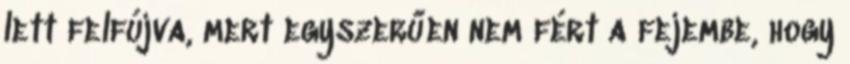
lett felfújva, mert egyszerűen nem fért a fejembe, hogy